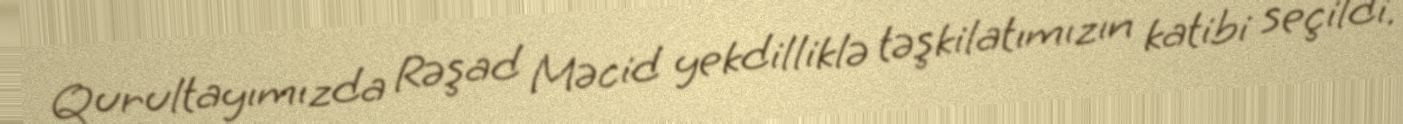
Qurultayımızda Rəşad Məcid yekdilliklə təşkilatımızın katibi seçildi.